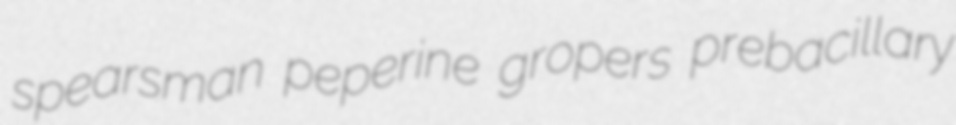
spearsman peperine gropers prebacillary